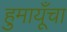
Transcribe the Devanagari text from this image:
हुमायूँचा